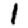
Digit: 1